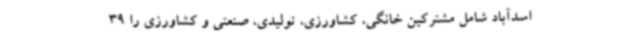
اسدآباد شامل مشترکین خانگی، کشاورزی، تولیدی، صنعتی و کشاورزی را 39